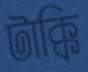
টাক্কি